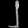
Digit: ၂